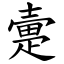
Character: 㚄